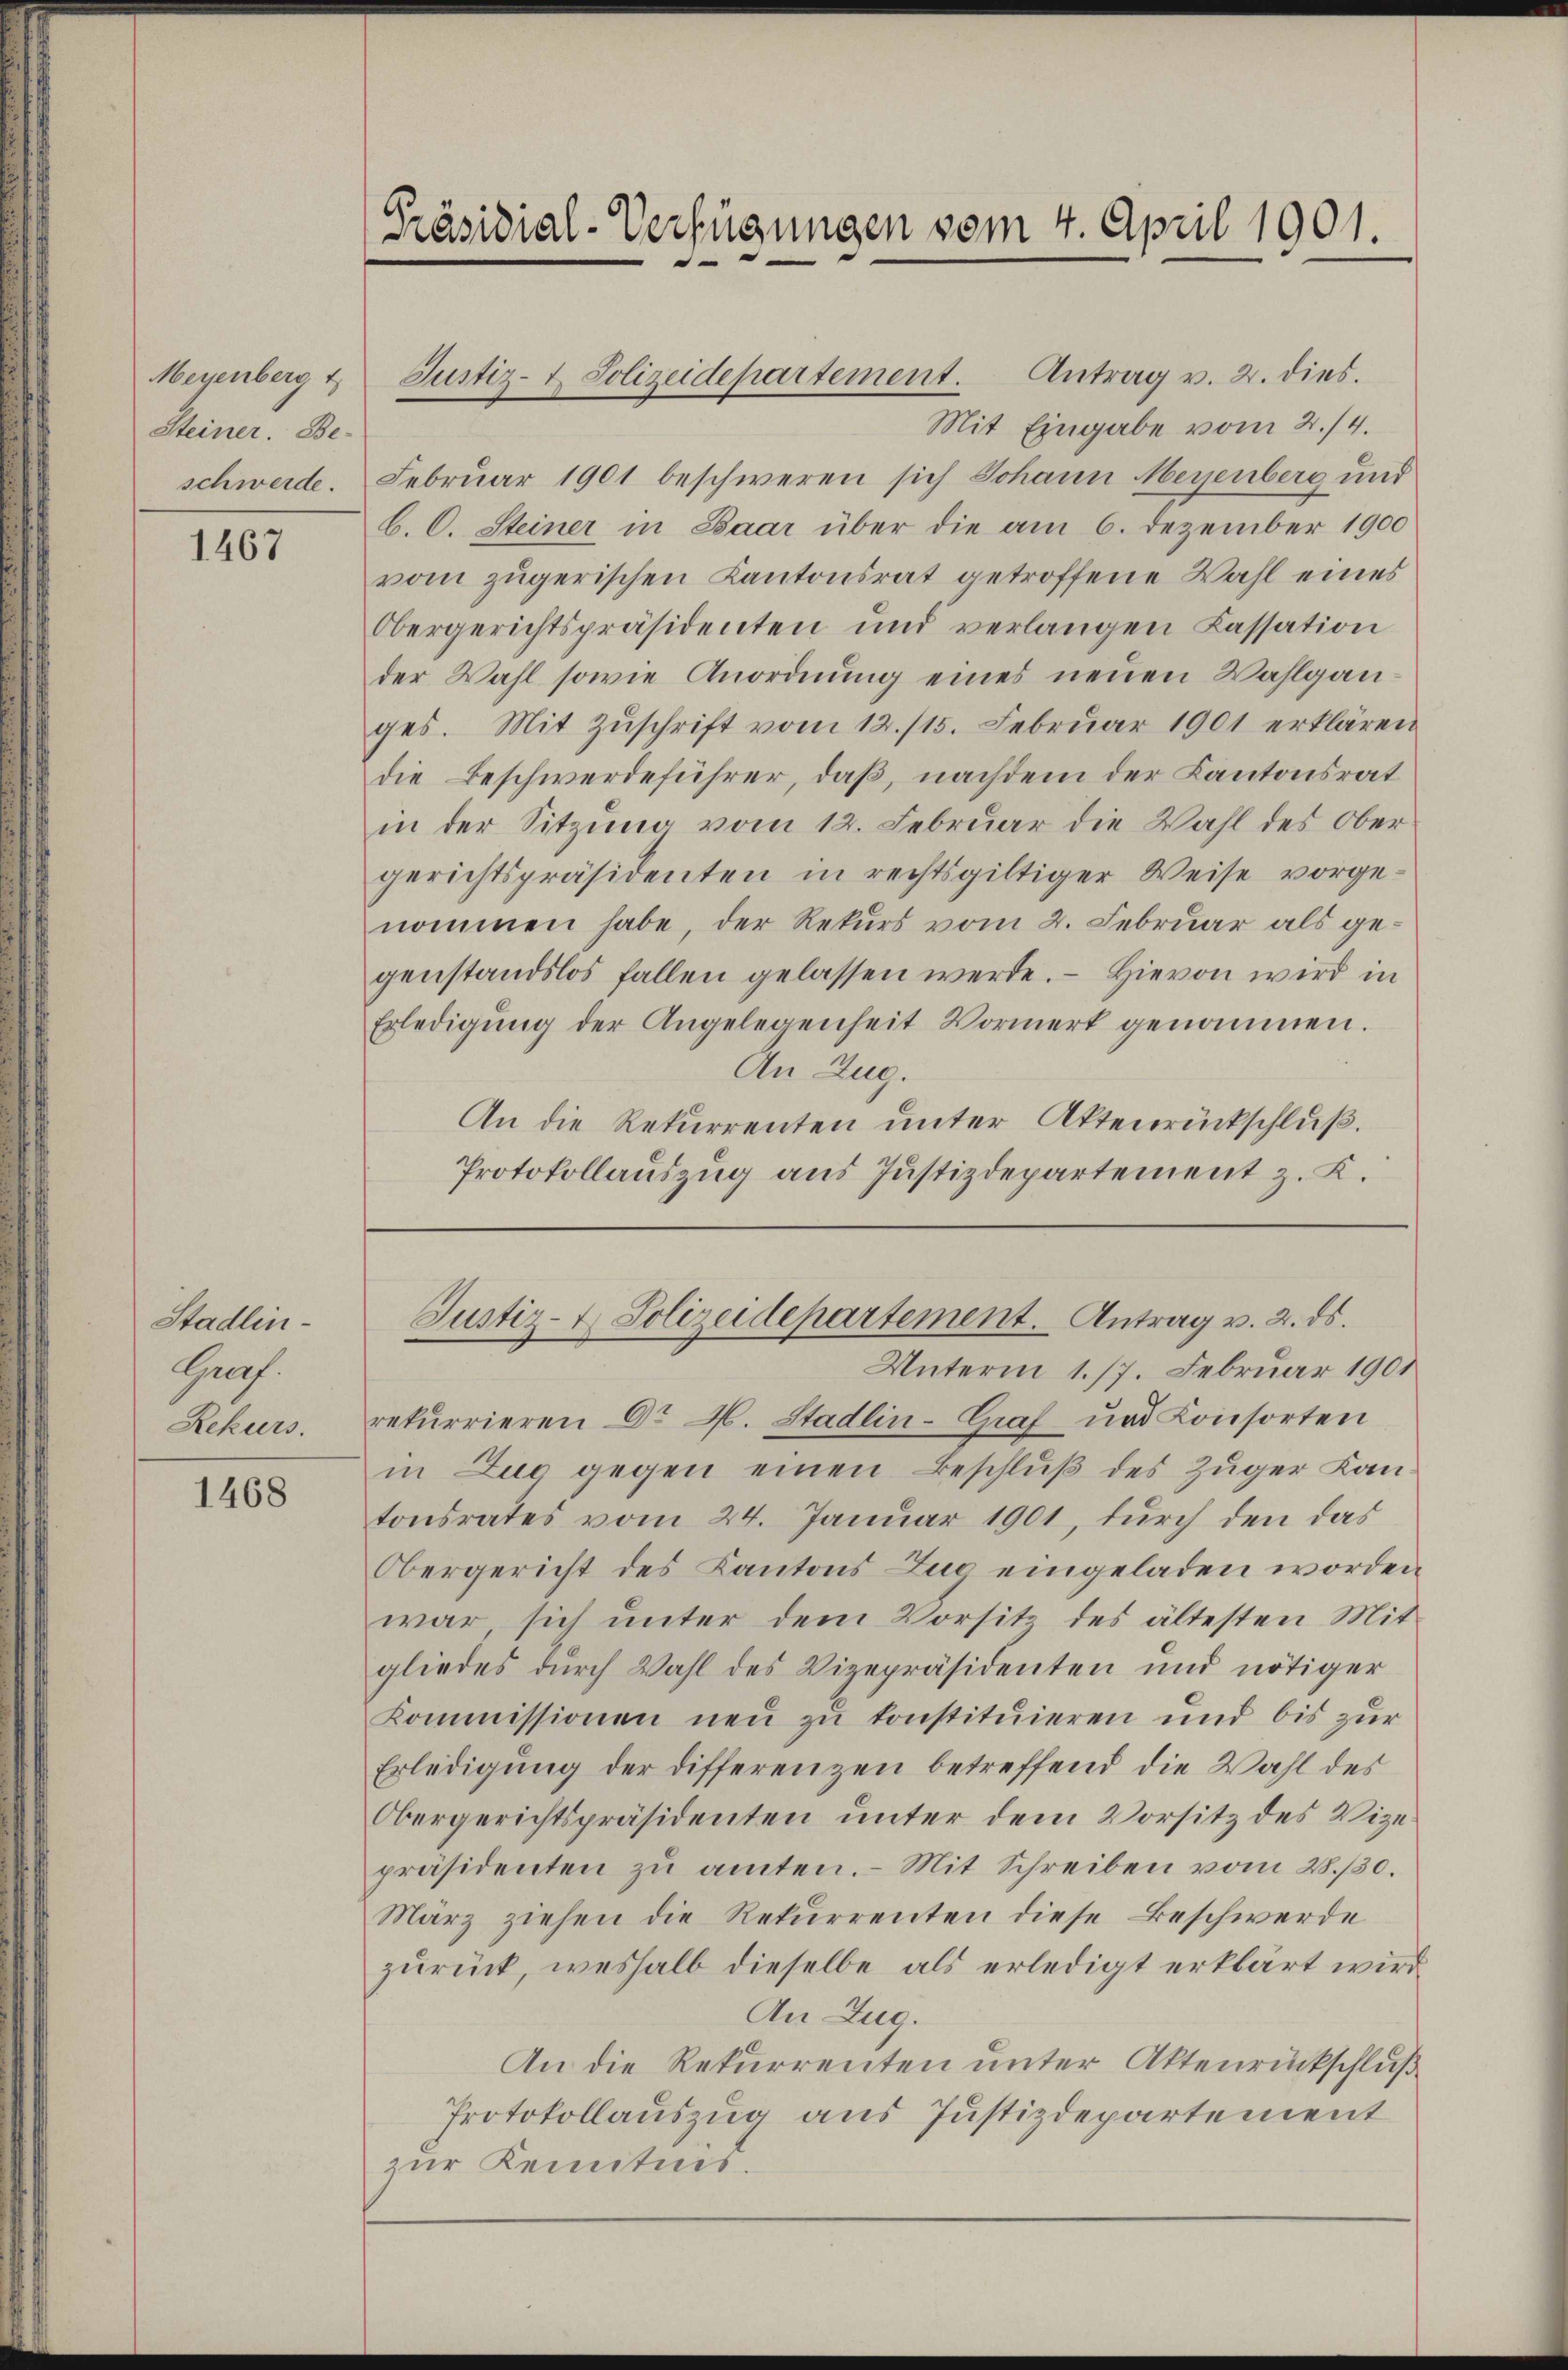
Meyenberg t
Steiner. Beschwerde.

1467

Stadlin-
Groof.
Rekurs.

1468

[Präsidial-Verfügungen vom 4. April 1901.

Mit Eingabe vom 2./4.
Februar 1901 beschweren sich Johann Menenberg und
b. C. Steiner in Baar über die am 6. Dezember 1900
vom zŭgerischen Kantonsrat getroffene Wahl eines
Obergerichtspräsidenten und verlangen Kassation
der Wahl sowie Anordnung eines neuen Wahlganges. Mit Zŭschrift vom 12. 115. Febrŭar 1901 erklären
die Beschwerdeführer, daß, nachdem der Kantonsrat
in der Sitzung vom 12. Februar die Wahl des Ober
gerichtspräsidenten in rechtsgültiger Weise vorge-
nommen habe, der Rekurs vom 2. Februar als gegenstandslos fallen gelassen werde. - Hievon wird in
Erledigŭng der Angelegenheit Vormerk genommen.
An Zug.
An die Rekurrenten unter Aktenrückschluß.
Protokollaŭszŭg ans Justizdepartement z. K.

Justiz- & Polizeidepartement. Antrag v. 2. dies.

Justiz- & Polizeidepartement. Antrag v. 2. ds.
Unterm 1. 17. Februar 1901

rekurrieren Dr H. Stadlin-Graf und Konsorten
in Zug gegen einen Beschluß des Zuger Kan
tonsrates vom 24. Janŭar 1901, dŭrch den das
Obergericht des Kantons Zuc eingeladen worden
war sich unter dem Vorsitz des ältesten Mit
gliedes durch Wahl des Vizepräsidenten und nötiger
Kommissionen neu zu konstituieren und bis zŭr
Erledigung der differenzen betreffend die Wahl des
Obergerichtspräsidenten unter dem Vorsitz des Vize
präsidenten zŭ amten. Mit Schreiben vom 28./30.
März ziehen die Rekurrenten diese Beschwerde
zŭrück, weshalb dieselbe als erledigt erklärt wird.
An Zug.
An die Rekurrenten unter Aktenrückschluß
Protokollauszug aus Justizdepartement
zur Kenntnis.